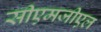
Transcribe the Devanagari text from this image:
सीएमजीएल